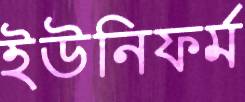
ইউনিফর্ম